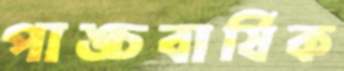
পাঙ্চবার্ষিক